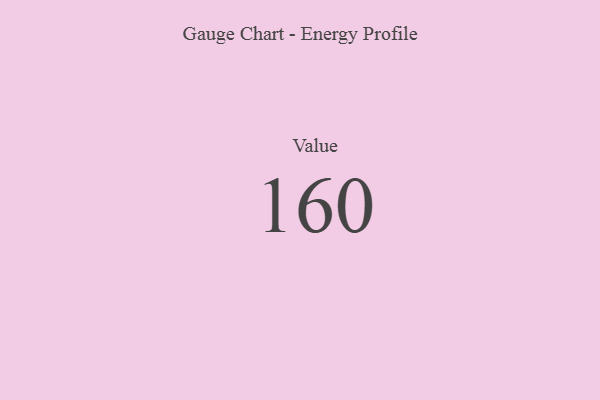
{"axis": {"x": "Metric", "y": "Value"}, "legend": [""], "data": [{"x": "Value", "y": 160, "type": ""}]}